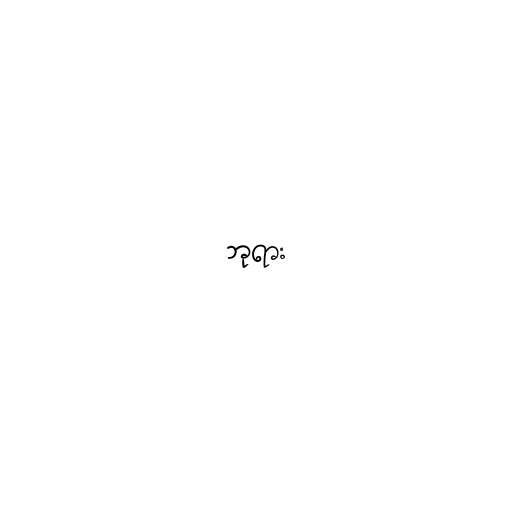
ဘုရား